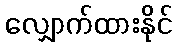
လျှောက်ထားနိုင်